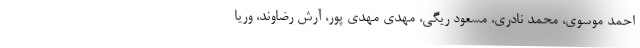
احمد‌ موسوی، محمد نادری، مسعود ریگی، مهدی مهدی پور، آرش رضاوند، وریا